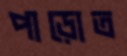
পাড়োত